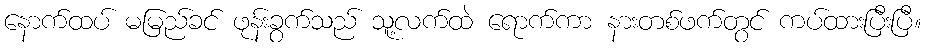
နောက်ထပ် မမြည်ခင် ဖုန်းခွက်သည် သူ့လက်ထဲ ရောက်ကာ နားတစ်ဖက်တွင် ကပ်ထားပြီးပြီ။